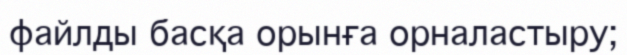
файлды басқа орынға орналастыру;